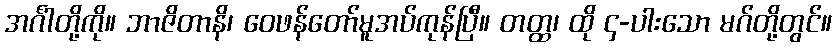
အင်္ဂါတို့ကို။ ဘာဇိတာနိ၊ ဝေဖန်တော်မူအပ်ကုန်ပြီ။ တတ္ထ၊ ထို ၄-ပါးသော မဂ်တို့တွင်။